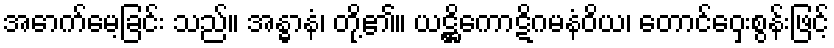
အောက်မေ့ခြင်း သည်။ အန္ဓာနံ၊ တို့၏။ ယဋ္ဌိကောဋိဂမနံဝိယ၊ တောင်ဝှေးစွန်းဖြင့်